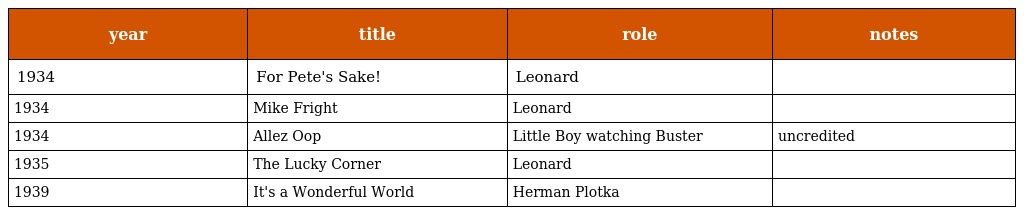
| year | title | role | notes |
 | --- | --- | --- | --- |
 | 1934 | For Pete's Sake! | Leonard |  |
 | 1934 | Mike Fright | Leonard |  |
 | 1934 | Allez Oop | Little Boy watching Buster | uncredited |
 | 1935 | The Lucky Corner | Leonard |  |
 | 1939 | It's a Wonderful World | Herman Plotka |  |